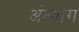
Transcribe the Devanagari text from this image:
अंत्यांग